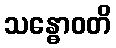
သန္ဓောဝတိ